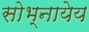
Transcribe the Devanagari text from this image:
सोभ्नायेय